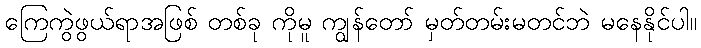
ကြေကွဲဖွယ်ရာအဖြစ် တစ်ခု ကိုမူ ကျွန်တော် မှတ်တမ်းမတင်ဘဲ မနေနိုင်ပါ။